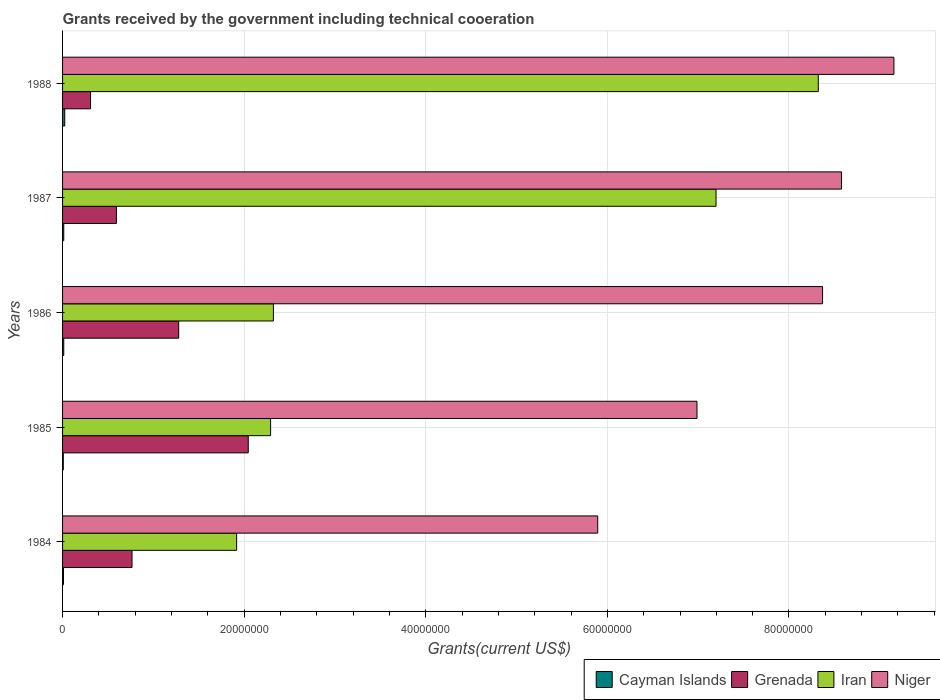
| Years | Cayman Islands | Grenada | Iran | Niger |
 | --- | --- | --- | --- | --- |
 | 1984 | 1e+05 | 7.65e+06 | 1.92e+07 | 5.89e+07 |
 | 1985 | 8e+04 | 2.04e+07 | 2.29e+07 | 6.99e+07 |
 | 1986 | 1.3e+05 | 1.28e+07 | 2.32e+07 | 8.37e+07 |
 | 1987 | 1.3e+05 | 5.93e+06 | 7.2e+07 | 8.58e+07 |
 | 1988 | 2.4e+05 | 3.08e+06 | 8.32e+07 | 9.16e+07 |